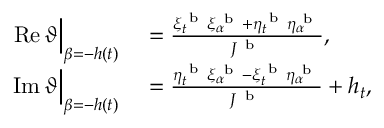
\begin{array} { r l } { \operatorname { R e } \vartheta \Big | _ { \beta = - h ( t ) } } & { { } = \frac { \xi _ { t } ^ { \mathrm { ~ b ~ } } \xi _ { \alpha } ^ { \mathrm { ~ b ~ } } + \eta _ { t } ^ { \mathrm { ~ b ~ } } \eta _ { \alpha } ^ { \mathrm { ~ b ~ } } } { J ^ { \mathrm { ~ b ~ } } } , } \\ { \operatorname { I m } \vartheta \Big | _ { \beta = - h ( t ) } } & { { } = \frac { \eta _ { t } ^ { \mathrm { ~ b ~ } } \xi _ { \alpha } ^ { \mathrm { ~ b ~ } } - \xi _ { t } ^ { \mathrm { ~ b ~ } } \eta _ { \alpha } ^ { \mathrm { ~ b ~ } } } { J ^ { \mathrm { ~ b ~ } } } + h _ { t } , } \end{array}